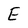
Character: E